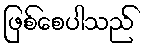
ဖြစ်စေပါသည်